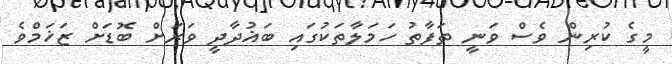
މީގެ ކުރިން ވެސް ވަނީ ތަފާތު ހަމަލާތަކުގައި ބަޣުދާދީ ވަރަށް ބޮޑަށް ޒަޚަމްވެ